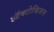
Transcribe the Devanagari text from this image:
ऑक्टोव्हिअन